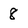
Character: 8